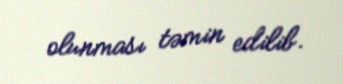
olunması təmin edilib.